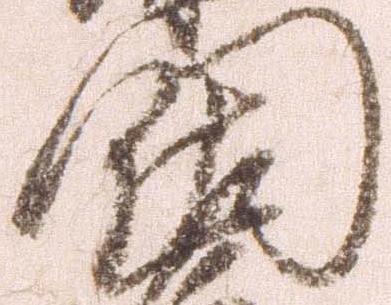
門